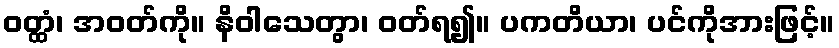
ဝတ္ထံ၊ အဝတ်ကို။ နိဝါသေတွာ၊ ဝတ်ရ၍။ ပကတိယာ၊ ပင်ကိုအားဖြင့်။